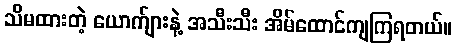
သိမထားတဲ့ ယောက်ျားနဲ့ အသီးသီး အိမ်ထောင်ကျကြရတယ်။